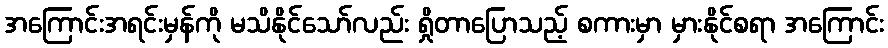
အကြောင်းအရင်းမှန်ကို မသိနိုင်သော်လည်း ရှိုတာပြောသည့် စကားမှာ မှားနိုင်စရာ အကြောင်း